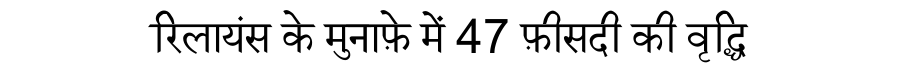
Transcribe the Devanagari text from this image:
रिलायंस के मुनाफ़े में 47 फ़ीसदी की वृद्धि